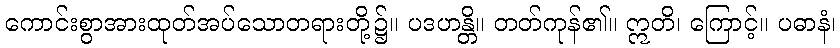
ကောင်းစွာအားထုတ်အပ်သောတရားတို့၌။ ပဒဟန္တိ။ တတ်ကုန်၏။ ဣတိ၊ ကြောင့်။ ပဓာနံ၊